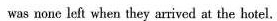
was none left when they arrived at the hotel.